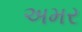
અમર